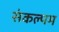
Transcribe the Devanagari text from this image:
संकल्पम